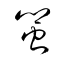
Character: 蠁